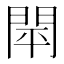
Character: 閛